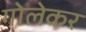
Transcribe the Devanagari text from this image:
गोलेकर